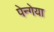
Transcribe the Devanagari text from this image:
पेन्गेया